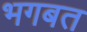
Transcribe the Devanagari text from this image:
भगबत